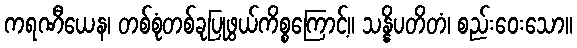
ကရဏီယေန၊ တစ်စုံတစ်ခုပြုဖွယ်ကိစ္စကြောင့်။ သန္နိပတိတံ၊ စည်းဝေးသော။